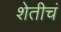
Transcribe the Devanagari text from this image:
शेतीचं